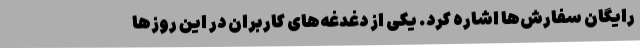
رایگان سفارش‌ها اشاره کرد. یکی از دغدغه‌های کاربران در این روزها